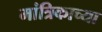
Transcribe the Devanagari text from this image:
मांत्रिकाच्या